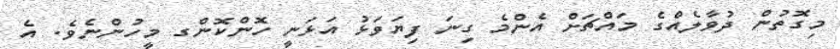
މިގޮތުން ދުވާލެއްގެ މައްޗަށް އެންމެ ގިނަ ފިޔަވަޅު އަޅަނީ ހޮންކޮންގ މީހުންނެވެ. އެ